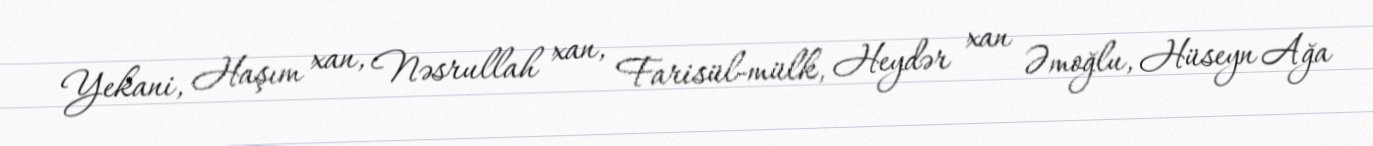
Yekani, Haşım xan, Nəsrullah xan, Farisül-mülk, Heydər xan Əmoğlu, Hüseyn Ağa